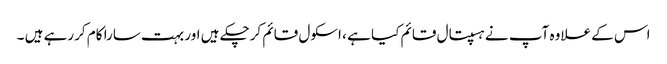
اس کے علاوہ آپ نے ہسپتال قائم کیا ہے ، اسکول قائم کرچکے ہیں اور بہت سارا کام کررہے ہیں ۔